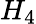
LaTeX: H_{4}